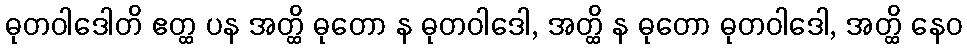
ဓုတဝါဒေါတိ ဧတ္ထ ပန အတ္ထိ ဓုတော န ဓုတဝါဒေါ, အတ္ထိ န ဓုတော ဓုတဝါဒေါ, အတ္ထိ နေဝ